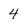
Character: 4